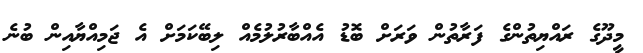
މީދޫގެ ރައްޔިތުންގެ ފަރާތުން ވަރަށް ބޮޑު އެއްބާރުލުމެއް ލިބޭކަމަށް އެ ޖަމިއްޔާއިން ބުނެ